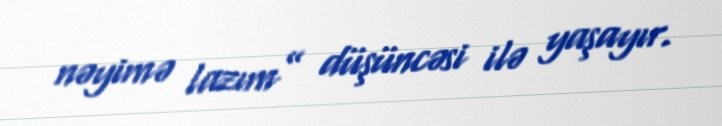
nəyimə lazım” düşüncəsi ilə yaşayır.